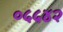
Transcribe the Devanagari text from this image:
०५५४२